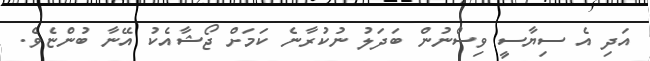
އަދި އެ ސިޔާސީ ވިސްނުން ބަދަލު ނުކުރާނެ ކަމަށް ޖޯޝާއެކު އޭނާ ބުންޏެވެ.